65_HS1-834228961_62-HQ-83894_Section_9
Agency: FBI
Page 162
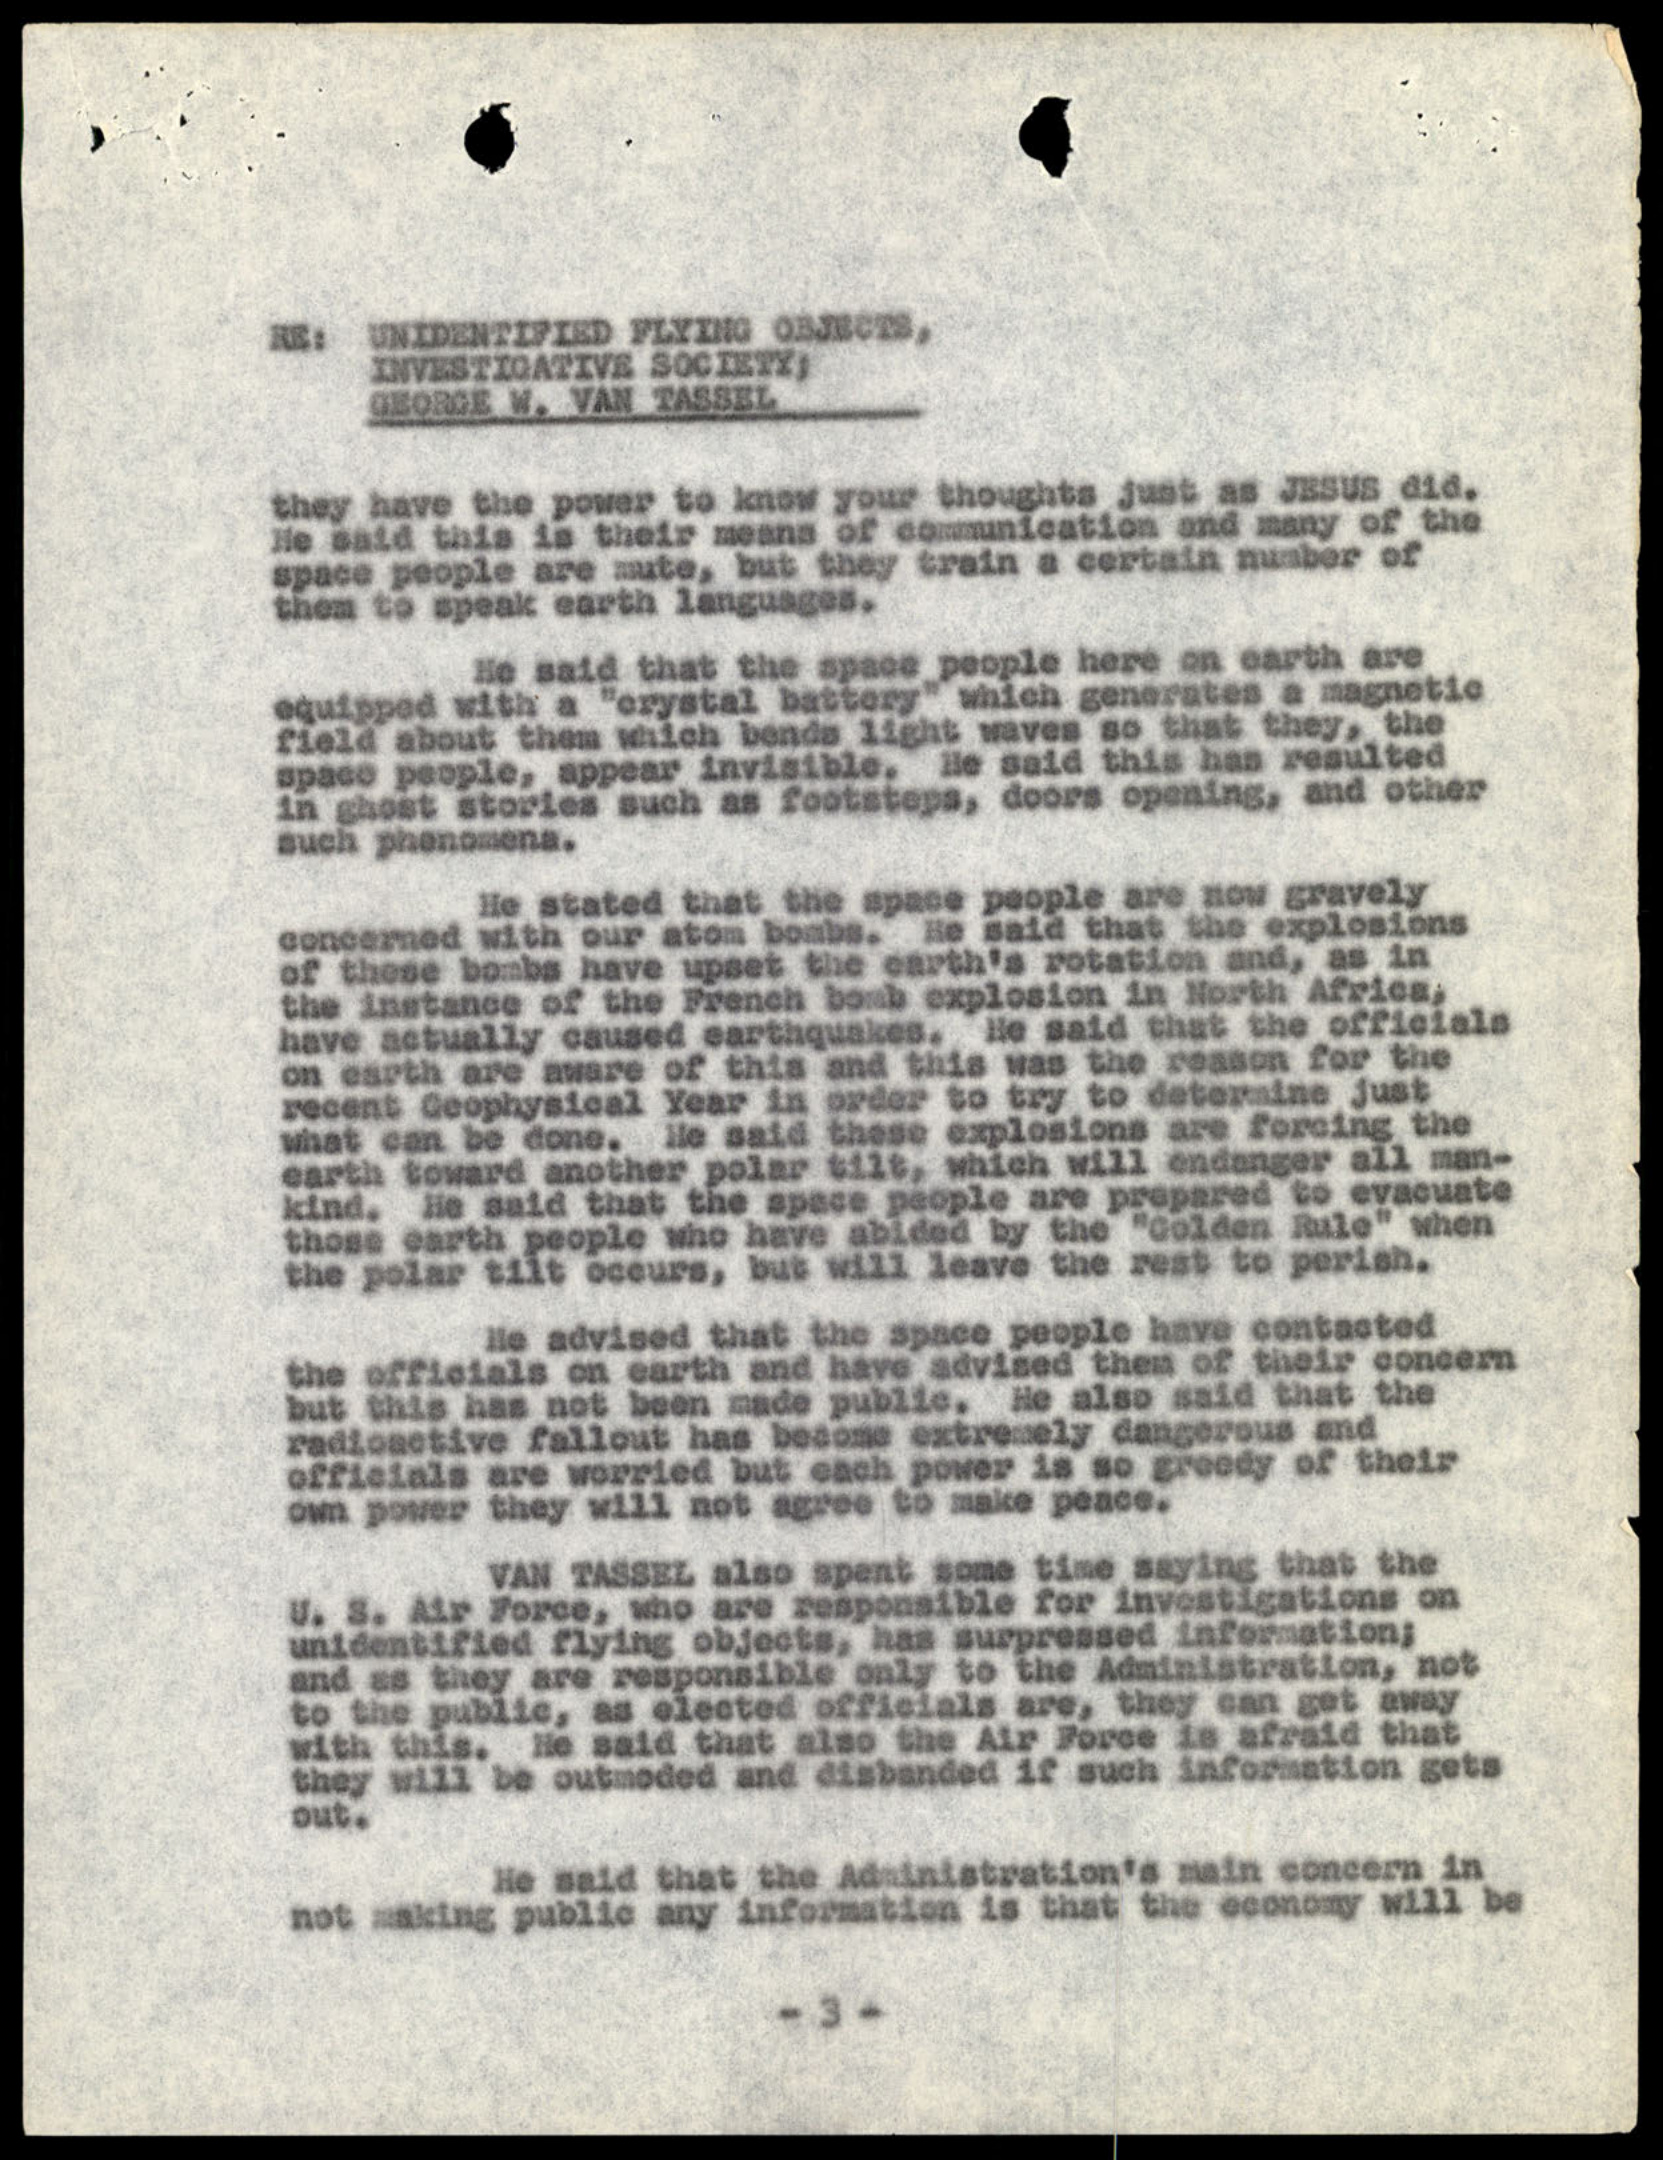